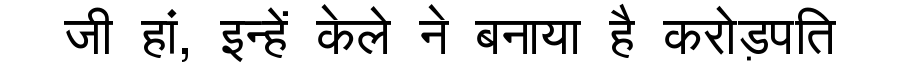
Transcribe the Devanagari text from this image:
जी हां, इन्हें केले ने बनाया है करोड़पति